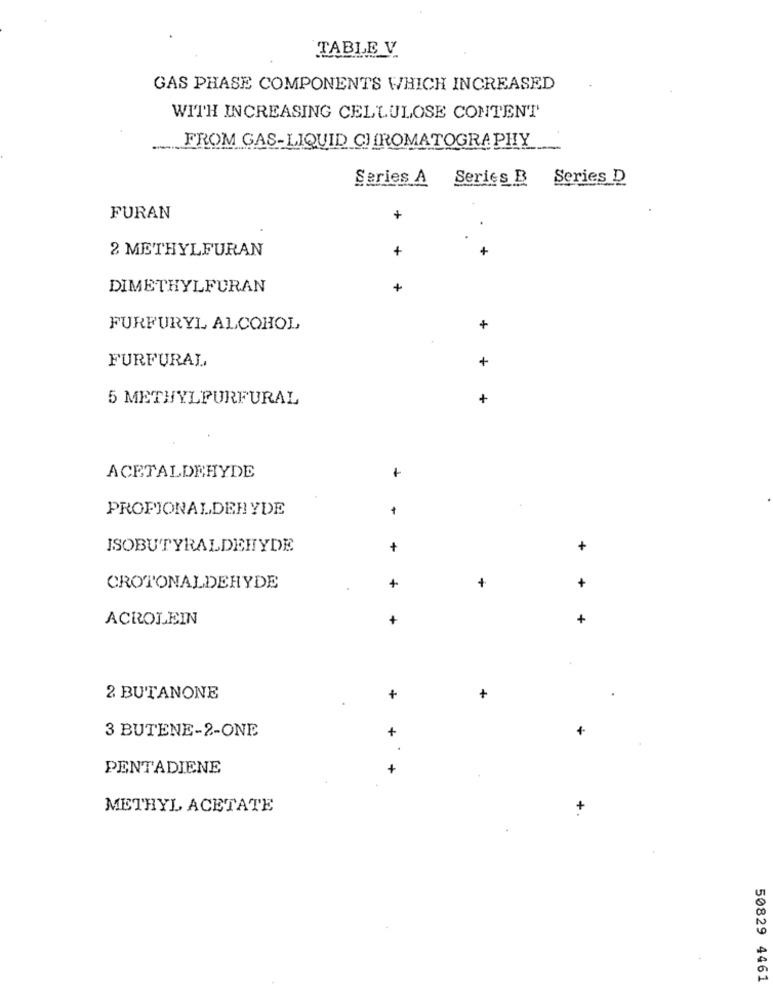
TABLE V.
GAS PHASE COMPONENTS WHICH INCREASED
WITH INCREASING CELLULOSE CONTENT
FROM GAS-LIQUID CHROMATOGRAPHY
Series A
Series B
Series D
FURAN
+
2 METHYLFURAN
+
+
DIMETHYLFURAN
+
FURFURYL ALCOHOL
+
FURFURAL
+
5 METHYLFURFURAL
+
1
ACETALDEHYDE
PROPIONALDEHYDE
ISOBUTYRALDEHYDE
+
+
CROTONALDEHYDE
+
+
+
ACROLEIN
+
2 BUTANONE
+
3 BUTENE-2-ONE
+
PENTADIENE
+
METHYL ACETATE
+
50829 4461